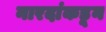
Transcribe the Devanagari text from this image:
नारदांकडून